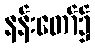
နန်းတော်၌